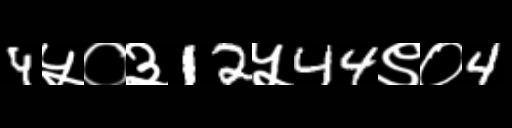
Text: 4५०३12५44९०4